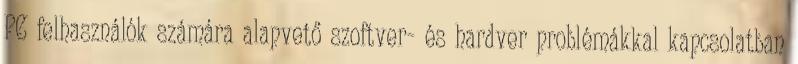
PC felhasználók számára alapvető szoftver- és hardver problémákkal kapcsolatban